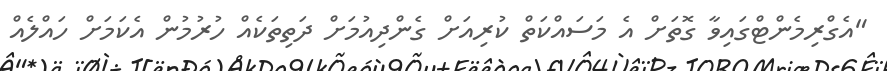
"އެގްރިމެންޓްގައިވާ ގޮތަށް އެ މަސައްކަތް ކުރިއަށް ގެންދިއުމަށް ދަތިތަކެއް ހުރުމުން އެކަމަށް ހައްލެއް